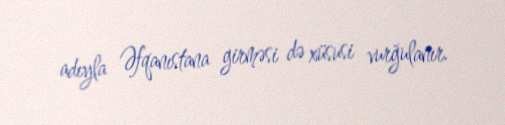
adıyla Əfqanıstana girməsi də xüsusi vurğulanır.